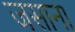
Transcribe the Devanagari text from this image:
जसाना